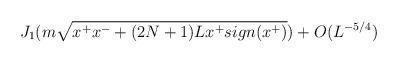
LaTeX: \begin{align*}J_1 (m \sqrt{x^+x^- + (2N+1)Lx^+ sign(x^+)}) + O(L^{-5/4})\end{align*}